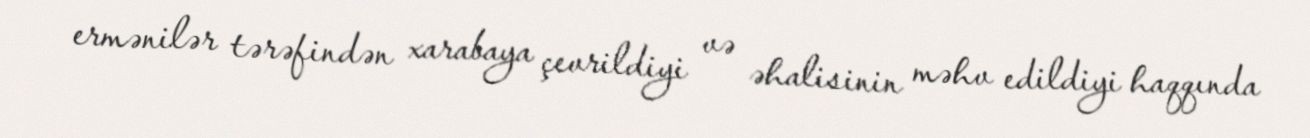
ermənilər tərəfindən xarabaya çevrildiyi və əhalisinin məhv edildiyi haqqında